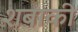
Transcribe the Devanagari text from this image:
शबाकी